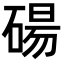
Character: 碭